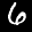
Label: 6